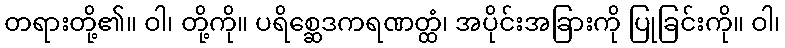
တရားတို့၏။ ဝါ၊ တို့ကို။ ပရိစ္ဆေဒကရဏတ္ထံ၊ အပိုင်းအခြားကို ပြုခြင်းကို။ ဝါ၊